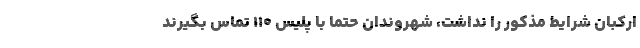
ارکبان شرایط مذکور را نداشت، شهروندان حتماً با پلیس 110 تماس بگیرند